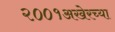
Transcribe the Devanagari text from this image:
२००१अखेरच्या